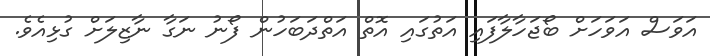
އަވަސް އަވަހަށް ބޯޖަހާލާފައި އަތުގައި އޮތް އަތްދަބަހުން ފޯނު ނަގާ ނާޒިލަށް ގުޅިއެވެ.